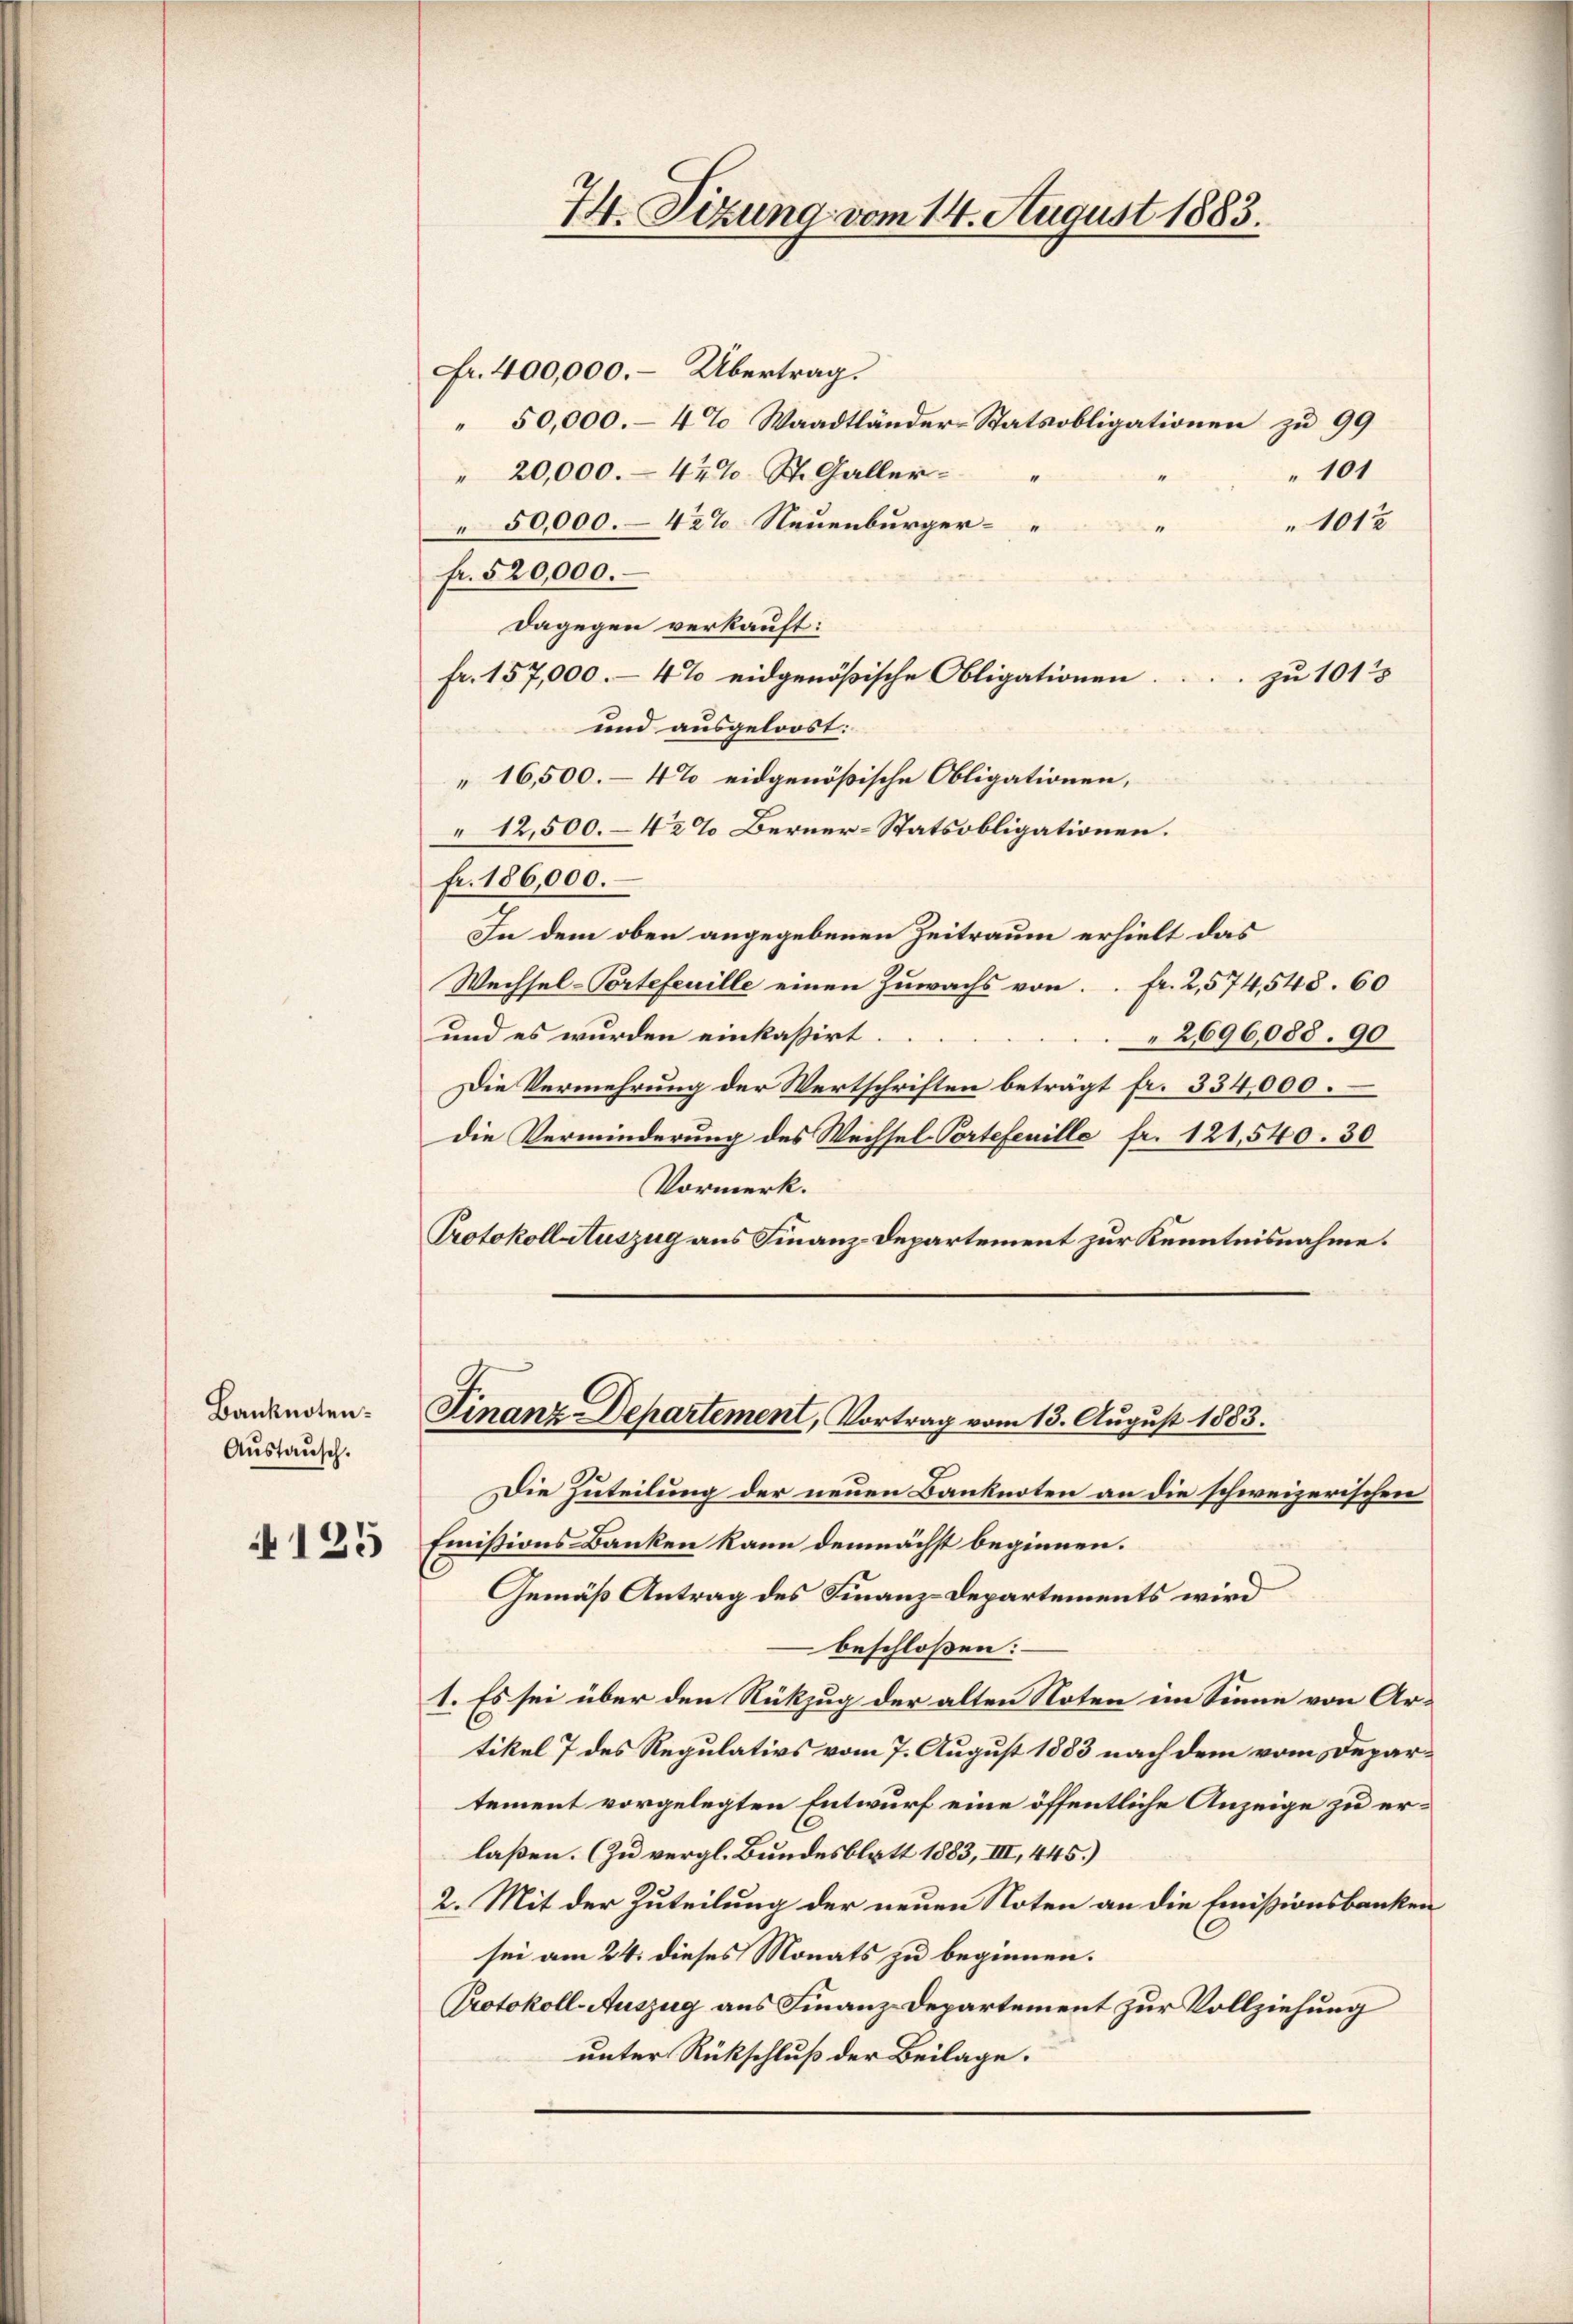
Banknoten.
Austausch.

125

Fr. 400,000. - Übertrag.
" 50,000.- 4% Waadtländer-Statsobligationen zu 99
101
" 20,000.- 42% St. Galler
50,000.–42% Neuenburger¬
1012
fr. 520,000.
Dagegen verkauft:
fr. 157,000.- 4% eidgenößische Obligationen.
zu 1013
und ausgeloost:
16,500.- 4% eidgenößische Obligationen,
12,500.–42% Berner-Statsobligationen.
fr. 186,000.
In dem oben angegebenen Zeitraum erhielt das
Wechsel-Portefeuille einen Zuwachs von Fr. 2,574,548. 60
und es wurden einkassirt.
2696,088. 90
Die Vermehrung der Wertschriften beträgt fr. 334,000.
die Verminderung des Wechsel-Portefenille fr. 121,540. 30
Vormerk.
Protokoll Auszug aus Finanz-Departement zur Kenntnisnahme.

74. Sizung vom 14. August 1883.

Finanz-Departement, Vortrag vom 13. August 1883.

Die Zuteilung der neuen Banknoten an die schweizerischen
Emissions Banken kann demnächst beginnen.
Gemäß Antrag des Finanz-Departements wird
beschloßen:
1. Es sei über den Rükzug der alten Noten im Sinne von Artikel 7 des Regulativs vom 7. August 1883 nach dem vom Departement vorgelegten Entwurf eine öffentliche Anzeige zu erlaßen. (Zu vergl. Bundesblatt 1883, III, 445.)
2. Mit der Zuteilung der neuen Noten an die Emissionsbanken
sei am 24. dieses Monats zu beginnen.
Protokoll-Auszug aus Finanz-Departement zur Vollziehung
unter Rückschluß der Beilage.